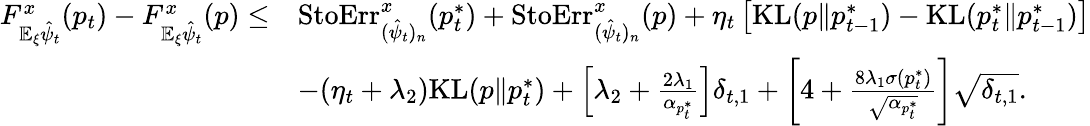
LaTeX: \begin{array}{rl}{F_{\mathbb{E}_{\xi}\hat{\psi}_{t}}^{x}(p_{t})-F_{\mathbb{E}_{\xi}\hat{\psi}_{t}}^{x}(p)\leq}&{\mathrm{StoErr}_{(\hat{\psi}_{t})_{n}}^{x}(p_{t}^{*})+\mathrm{StoErr}_{(\hat{\psi}_{t})_{n}}^{x}(p)+\eta_{t}\left[\mathrm{KL}(p\| p_{t-1}^{*})-\mathrm{KL}(p_{t}^{*}\| p_{t-1}^{*})\right]}\\ &{-(\eta_{t}+\lambda_{2})\mathrm{KL}(p\| p_{t}^{*})+\left[\lambda_{2}+\frac{2\lambda_{1}}{\alpha_{p_{t}^{*}}}\right]\delta_{t,1}+\left[4+\frac{8\lambda_{1}\sigma(p_{t}^{*})}{\sqrt{\alpha_{p_{t}^{*}}}}\right]\sqrt{\delta_{t,1}}.}\end{array}